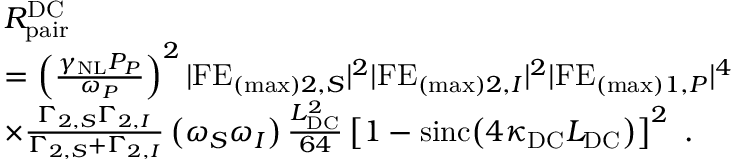
\begin{array} { r l } & { R _ { \mathrm { p a i r } } ^ { \mathrm { D C } } } \\ & { = \left( \frac { \gamma _ { \mathrm { N L } } P _ { P } } { \omega _ { P } } \right) ^ { 2 } | \mathrm { F E } _ { ( \mathrm { m a x } ) 2 , S } | ^ { 2 } | \mathrm { F E } _ { ( \mathrm { m a x } ) 2 , I } | ^ { 2 } | \mathrm { F E } _ { ( \mathrm { m a x } ) 1 , P } | ^ { 4 } } \\ & { \times \frac { \Gamma _ { 2 , S } \Gamma _ { 2 , I } } { \Gamma _ { 2 , S } + \Gamma _ { 2 , I } } \left( \omega _ { S } \omega _ { I } \right) \frac { L _ { \mathrm { D C } } ^ { 2 } } { 6 4 } \left[ 1 - \mathrm { s i n c } \! \left( 4 \kappa _ { \mathrm { D C } } L _ { \mathrm { D C } } \right) \right] ^ { 2 } \ . } \end{array}